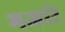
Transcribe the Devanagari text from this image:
भजारे